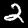
Label: 2